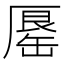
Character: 𠪟